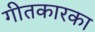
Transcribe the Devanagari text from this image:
गीतकारका